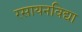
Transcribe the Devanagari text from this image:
रसायनविद्या